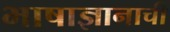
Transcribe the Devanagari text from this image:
भाषाज्ञानाची